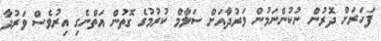
ފަހަރަށް ދޮރުން ނުކުންނަމުން ވަރުދާއަށް ސަލާމް ކުރުމުގެ ގޮތުން އަތްނެގި އިރުވެސް ވަރުދާ